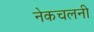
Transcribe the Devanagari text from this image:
नेकचलनी